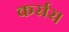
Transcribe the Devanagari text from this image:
कर्सर।